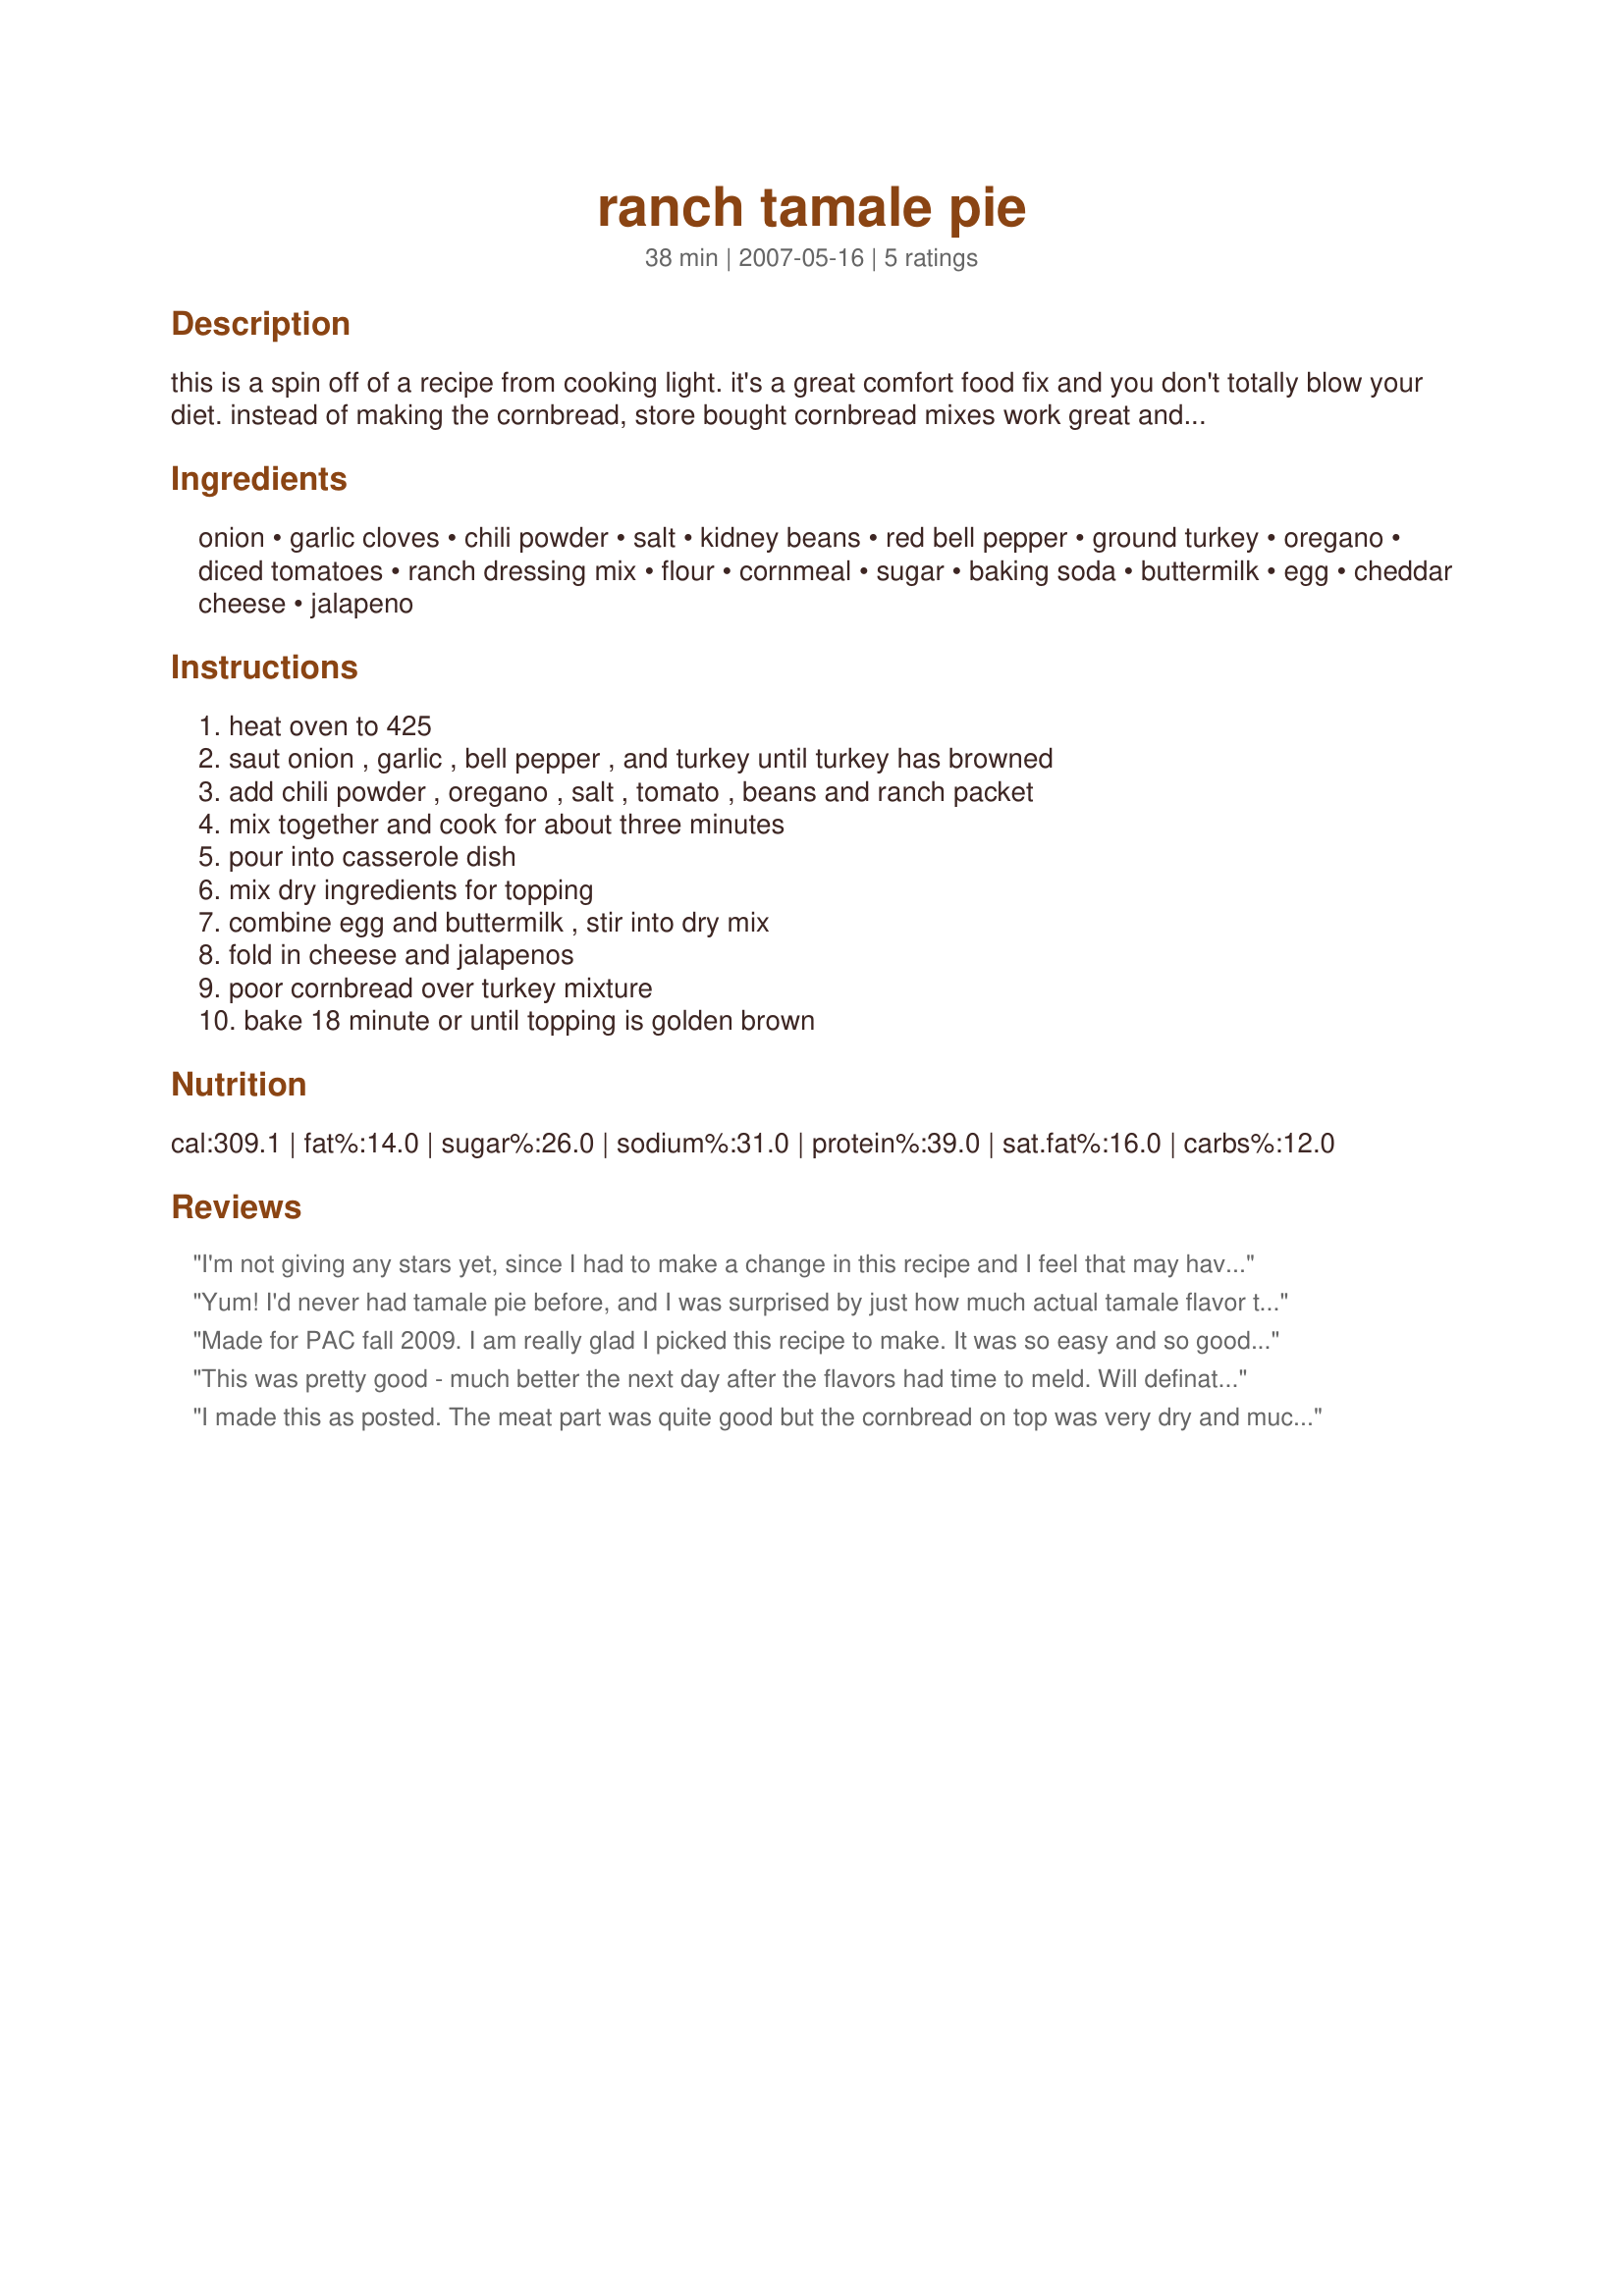
ranch tamale pie
Preparation time: 38 minutes

this is a spin off of a recipe from cooking light. it's a great comfort food fix and you don't totally blow your diet. instead of making the cornbread, store bought cornbread mixes work great and they are fast.

Ingredients:
onion, garlic cloves, chili powder, salt, kidney beans, red bell pepper, ground turkey, oregano, diced tomatoes, ranch dressing mix, flour, cornmeal, sugar, baking soda, buttermilk, egg, cheddar cheese, jalapeno

Steps:
heat oven to 425, saut onion , garlic , bell pepper , and turkey until turkey has browned, add chili powder , oregano , salt , tomato , beans and ranch packet, mix together and cook for about three minutes, pour into casserole dish, mix dry ingredients for topping, combine egg and buttermilk , stir into dry mix, fold in cheese and jalapenos, poor cornbread over turkey mixture, bake 18 minute or until topping is golden brown

Reviews:
I'm not giving any stars yet, since I had to make a change in this recipe and I feel that may have affected the outcome. I did not have any buttermilk so I had to substitute regular low fat milk. I forgot that without the buttermilk I would probably need baking powder as well as baking soda, so my cornbread topping was a little hard and flat. I made the filling as directed, except that I used 98% lean ground beef and left out the bell pepper. I don't particularly like cooked bell pepper. I thought the filling had a very good flavor and the amount of spices was just right. I will definitely make this again, using buttermilk, and will give stars at that time.
Finally had time to make recipe again, using buttermilk, and it turned out much better than the last time. Definitely a keeper!
Yum! I'd never had tamale pie before, and I was surprised by just how much actual tamale flavor this has. I made a couple of small changes: I added a small can of diced green chiles, and I used more chili powder plus cumin and left out the ranch dressing (mainly b/c I forgot!) I took your suggestion and used a cornbread mix (Martha White, Mexican-style), and just stirred in the jalapeno & cheese into that. This was a pretty quick weeknight meal, and one DH & I enjoyed a lot paired with Recipe #73438.
Made for PAC fall 2009.
I am really glad I picked this recipe to make. It was so easy and so good- it even freezes well.
Made a couple of modifications- used ground beef, and didn't use the hot peppers. It was really yummy. I am not a fan of leftovers, and have taken this two days in a row for lunch. I think next time, I may add a little more tomato, only to assist in the re-heating. The cornbread kind of dried out when I reheated, but it was still really good.
This was pretty good - much better the next day after the flavors had time to meld. Will definately make again. Thanks!
I made this as posted. The meat part was quite good but the cornbread on top was very dry and much too thick. You did not specify a size of casserole, so I baked it in a deep dish 10 inch pie pan.
